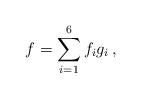
LaTeX: \begin{align*} f= \sum_{i=1}^6 f_i g_i\,,\end{align*}